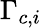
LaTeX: \Gamma_{c,i}